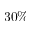
3 0 \%